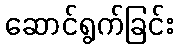
ဆောင်ရွက်ခြင်း